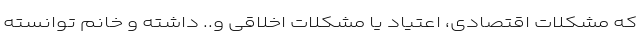
که مشکلات اقتصادی، اعتیاد یا مشکلات اخلاقی و.. داشته و خانم توانسته